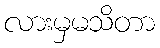
လားမှမသိတာ